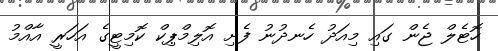
ހޮޓެލް ޖެން ގައި މިއަދު ހެނދުނު ފެށި އޮލިމްޕިކް ކޮމިޓީގެ އަހަރީ އާއްމު